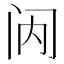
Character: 𮤯